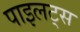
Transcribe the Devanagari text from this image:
पाइलट्स